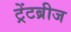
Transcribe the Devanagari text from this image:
ट्रेंटब्रीज